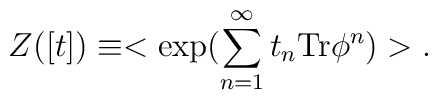
Z([t])\equiv <\exp(\sum_{n=1}^\infty t_n \mbox{Tr} \phi^n)>.